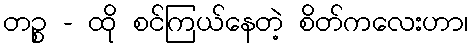
တဉ္စ - ထို စင်ကြယ်နေတဲ့ စိတ်ကလေးဟာ၊